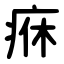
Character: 㾋